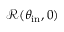
\mathcal { R } ( \theta _ { \mathrm { i n } } , 0 )